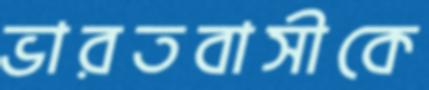
ভারতবাসীকে